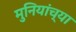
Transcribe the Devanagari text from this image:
मुनियांच्या